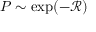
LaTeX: \textstyle P \sim \exp ( - { \mathcal { R } } )